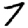
Digit: 7